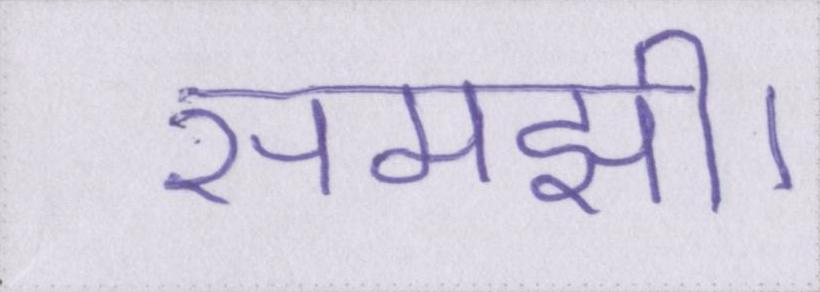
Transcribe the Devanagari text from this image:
समझी।